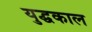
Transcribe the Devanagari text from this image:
युद्घकाल